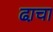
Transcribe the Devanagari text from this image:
ढा़चा